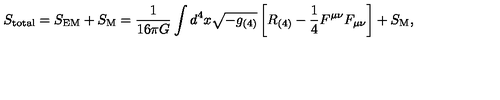
S _ { \mathrm { t o t a l } } = S _ { \mathrm { E M } } + S _ { \mathrm { M } } = \frac { 1 } { 1 6 \pi G } \int d ^ { 4 } x \sqrt { - g _ { ( 4 ) } } \left[ R _ { ( 4 ) } - \frac { 1 } { 4 } F ^ { \mu \nu } F _ { \mu \nu } \right] + S _ { \mathrm { M } } ,